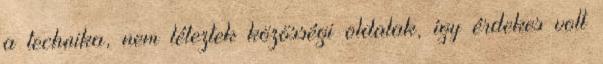
a technika, nem léteztek közösségi oldalak, így érdekes volt